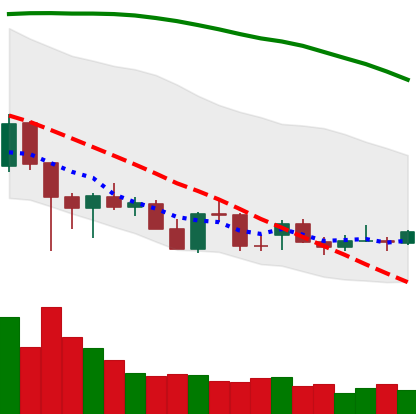
Ticker: ADA-USD
Chart end date: 2021-12-21
Forward return: 13.677%
Label: up_7plus